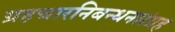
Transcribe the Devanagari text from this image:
ग्रहचारनिबन्धनसंग्रह